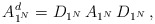
\begin{align*}A^d_{1^N} = D_{1^N}\, A_{1^N} \,D_{1^N}\,,\end{align*}